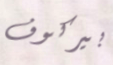
بيركوف